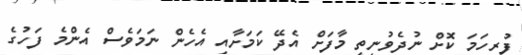
ފުރިހަމަ ކޮށް ނުދެވުނީތީ މާފަށް އެދޭ ކަމަށާއި އެހެން ނަމަވެސް އެންމެ ފަހުގެ